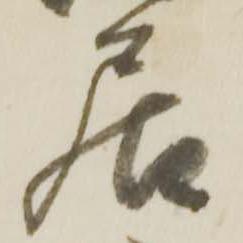
居